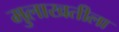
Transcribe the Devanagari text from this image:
मुलाखतीला